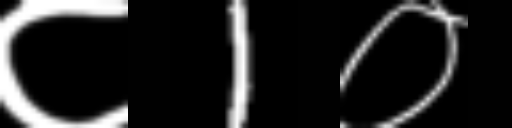
Text: ८1०